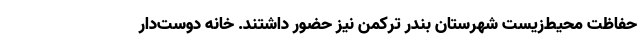
حفاظت محیط‌زیست شهرستان بندر ترکمن نیز حضور داشتند. خانهٔ دوست‌دار